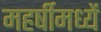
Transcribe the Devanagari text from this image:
महर्षीमध्यें